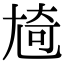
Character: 㞆